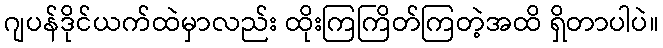
ဂျပန်ဒိုင်ယက်ထဲမှာလည်း ထိုးကြကြိတ်ကြတဲ့အထိ ရှိတာပါပဲ။